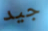
جيد